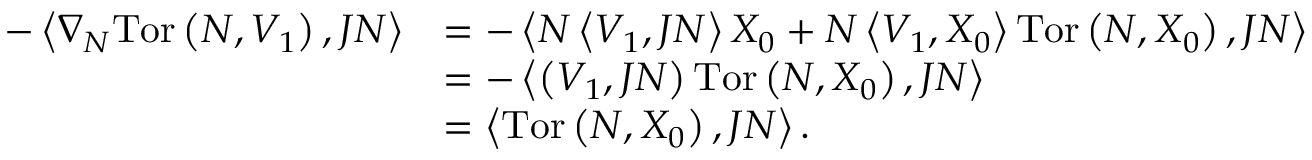
\begin{array} { r l } { - \left\langle \nabla _ { N } \mathrm { T o r } \left( N , V _ { 1 } \right) , J N \right\rangle } & { = - \left\langle N \left\langle V _ { 1 } , J N \right\rangle X _ { 0 } + N \left\langle V _ { 1 } , X _ { 0 } \right\rangle \mathrm { T o r } \left( N , X _ { 0 } \right) , J N \right\rangle } \\ & { = - \left\langle \left( V _ { 1 } , J N \right) \mathrm { T o r } \left( N , X _ { 0 } \right) , J N \right\rangle } \\ & { = \left\langle \mathrm { T o r } \left( N , X _ { 0 } \right) , J N \right\rangle . } \end{array}